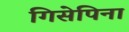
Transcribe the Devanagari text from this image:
गिसेपिना